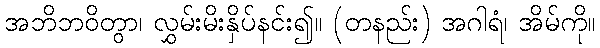
အဘိဘဝိတွာ၊ လွှမ်းမိးနှိပ်နင်း၍။ (တနည်း) အဂါရံ၊ အိမ်ကို။